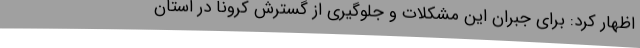
اظهار کرد: برای جبران این مشکلات و جلوگیری از گسترش کرونا در استان